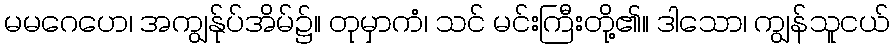
မမဂေဟေ၊ အကျွန်ုပ်အိမ်၌။ တုမှာကံ၊ သင် မင်းကြီးတို့၏။ ဒါသော၊ ကျွန်သူငယ်